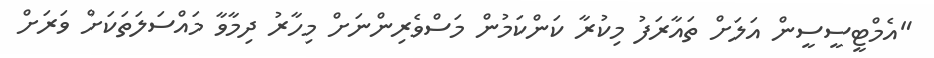
"އެމްޓީސީސީން އަލަށް ތައާރަފު މިކުރާ ކަންކަމުން މަސްވެރިންނަށް މިހާރު ދިމާވާ މައްސަލަތަކަށް ވަރަށް